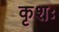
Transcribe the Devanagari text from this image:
कृशः